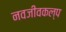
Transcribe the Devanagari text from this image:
नवजीवकल्प